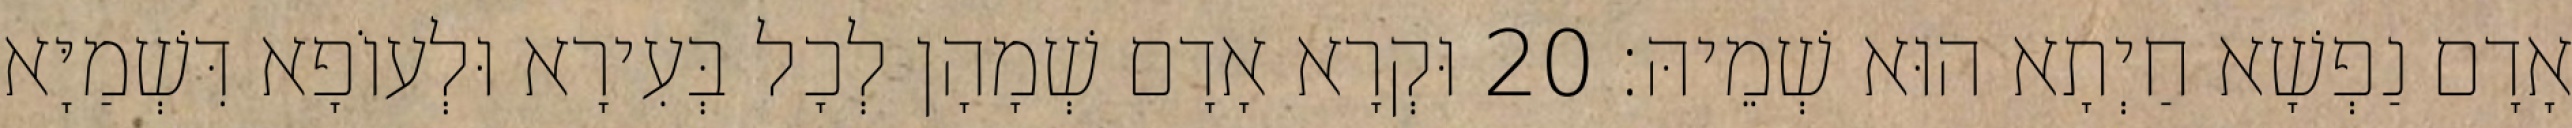
אָדָם נַפְשָׁא חַיְתָא הוּא שְׁמֵיהּ׃ 20 וּקְרָא אָדָם שְׁמָהָן לְכָל בְּעִירָא וּלְעוֹפָא דִּשְׁמַיָּא